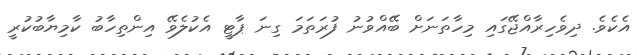
އެކެވެ. ދިވެހިރާއްޖޭގައި މިހާތަނަށް ބޭއްވުނު ފުރަތަމަ ގިނަ ޕާޓީ އެކުލެވޭ އިންތިހާބު ކާމިޔާބުކުރީ